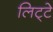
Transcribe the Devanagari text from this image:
लिट्‍टे